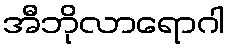
အီဘိုလာရောဂါ